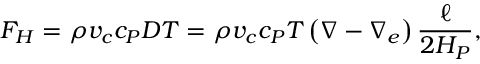
F _ { H } = \rho v _ { c } c _ { P } D T = \rho v _ { c } c _ { P } T \left( \nabla - \nabla _ { e } \right) { \frac { \ell } { 2 H _ { P } } } ,